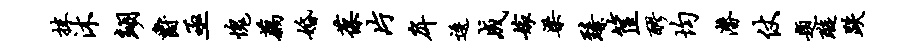
抹沐翊爵亟愧藕婚葆片戽逶成嫁梁臻筐醪均潜仗题璇跌